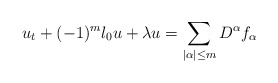
\begin{align*}u_t+(-1)^m \l_0 u+\lambda u=\sum_{|\alpha|\le m}D^\alpha f_\alpha \end{align*}